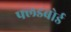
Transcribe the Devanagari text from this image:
फ्लडबोर्ड